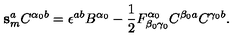
\mathbf { s } _ { m } ^ { a } C ^ { \alpha _ { 0 } b } = \epsilon ^ { a b } B ^ { \alpha _ { 0 } } - \mathrm { \frac { 1 } { 2 } } F _ { \beta _ { 0 } \gamma _ { 0 } } ^ { \alpha _ { 0 } } C ^ { \beta _ { 0 } a } C ^ { \gamma _ { 0 } b } .